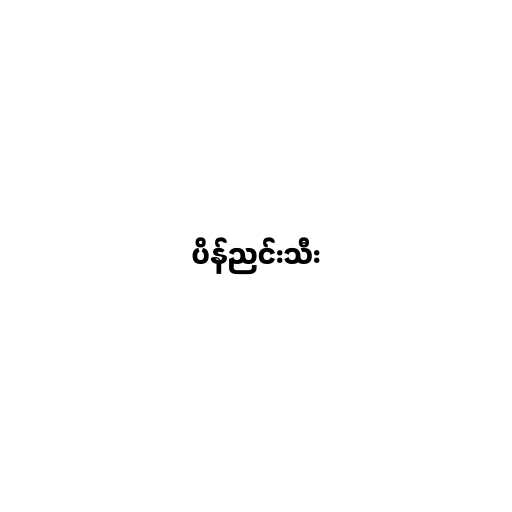
ပိန်ညင်းသီး